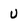
Character: U